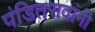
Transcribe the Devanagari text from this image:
पंडितरावांनी